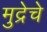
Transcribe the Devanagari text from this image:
मुद्रेचे